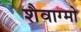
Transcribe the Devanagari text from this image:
शैवाग्मो